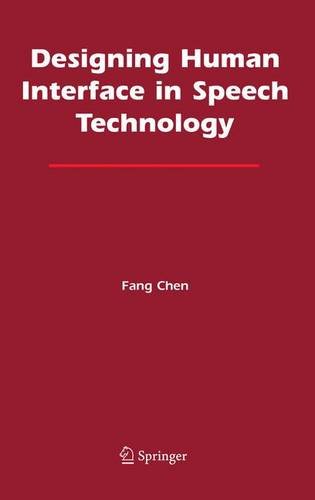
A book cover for Designing Human Interface in Speech Technology; Fang Chen; Computers & Technology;